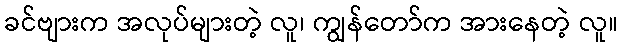
ခင်ဗျားက အလုပ်များတဲ့ လူ၊ ကျွန်တော်က အားနေတဲ့ လူ။